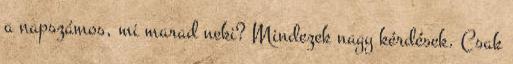
a napszámos, mi marad neki? Mindezek nagy kérdések. Csak